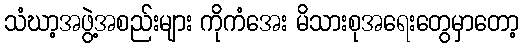
သံဃာ့အဖွဲ့အစည်းများ ကိုကံအေး မိသားစုအရေးတွေမှာတော့